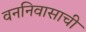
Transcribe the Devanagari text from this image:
वननिवासाची